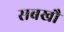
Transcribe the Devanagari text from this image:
सबखौं